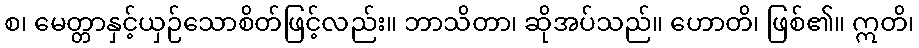
စ၊ မေတ္တာနှင့်ယှဉ်သောစိတ်ဖြင့်လည်း။ ဘာသိတာ၊ ဆိုအပ်သည်။ ဟောတိ၊ ဖြစ်၏။ ဣတိ၊